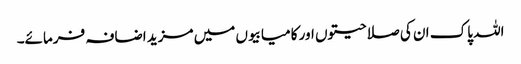
اللہ پاک ان کی صلاحیتوں اور کامیابیوں میں مزید اضافہ فرمائے۔